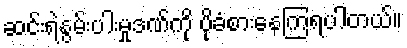
ဆင်းရဲနွမ်းပါးမှုဒဏ်ကို ပိုခံစားနေကြရပါတယ်။